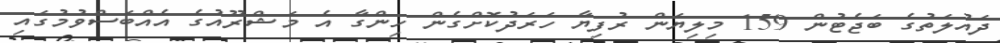
ދައުލަތުގެ ބަޖެޓުން 159 މިލިޔަން ރުފިޔާ ހަރަދުކޮށްގެން ހިންގާ އެ މަޝްރޫއުގެ އެއްބަސްވުމުގައި